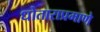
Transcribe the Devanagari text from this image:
धोताराप्रमाणे